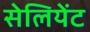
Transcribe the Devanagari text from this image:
सेलियेंट